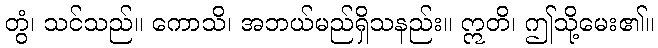
တွံ၊ သင်သည်။ ကောသိ၊ အဘယ်မည်ရှိသနည်း။ ဣတိ၊ ဤသို့မေး၏။